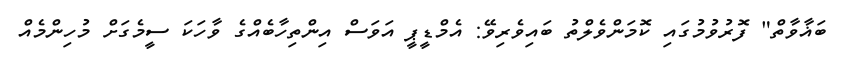
ބަޣާވާތް" ފޮރުވުމުގައި ކޮމަންވެލްތު ބައިވެރިވޭ: އެމްޑީޕީ އަވަސް އިންތިހާބެއްގެ ވާހަކަ ސީމެގަށް މުހިންމެއް